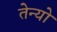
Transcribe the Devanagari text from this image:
तेन्यो